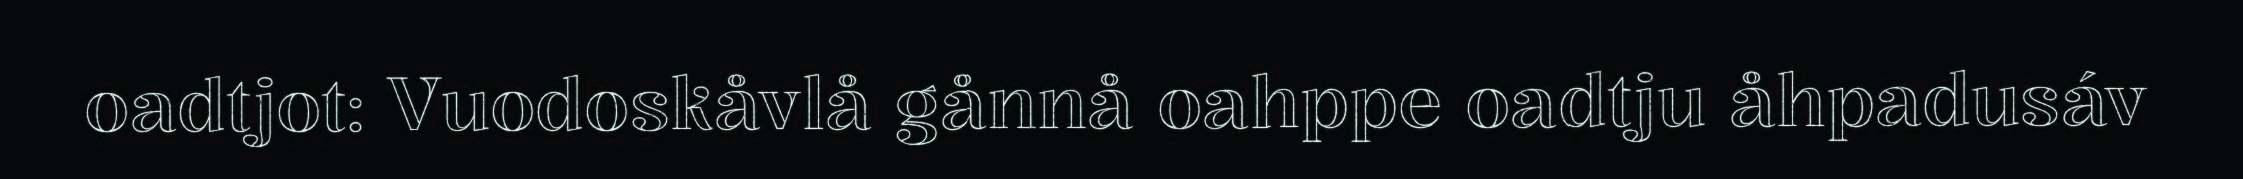
oadtjot: Vuodoskåvlå gånnå oahppe oadtju åhpadusáv